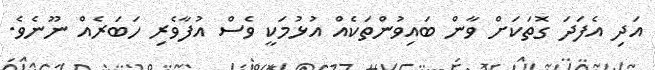
އަދި އެފަދަ ގޮތަކަށް ވާން ބައިވުންތަކެއް އުޅުމަކީ ވެސް އުފާވެރި ހަބަރެއް ނޫނެވެ.